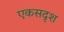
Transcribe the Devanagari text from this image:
एकसदृश